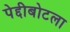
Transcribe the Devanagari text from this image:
पेद्दीबोटला